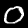
Digit: 0